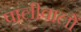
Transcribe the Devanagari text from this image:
पालीवालों